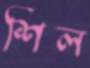
শিল